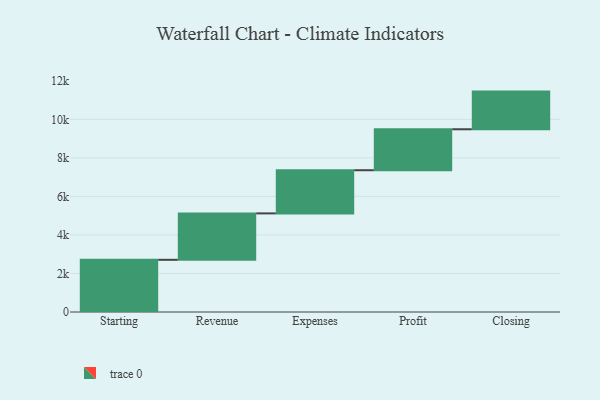
{"axis": {"x": "Step", "y": "Value"}, "legend": [""], "data": [{"x": "Starting", "y": 2709.0, "type": ""}, {"x": "Revenue", "y": 2410.0, "type": ""}, {"x": "Expenses", "y": 2241.0, "type": ""}, {"x": "Profit", "y": 2126.0, "type": ""}, {"x": "Closing", "y": 1955.0, "type": ""}]}